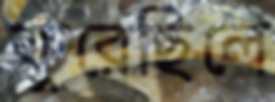
কুরেছিলে